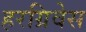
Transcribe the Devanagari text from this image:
हरग्रिवेस